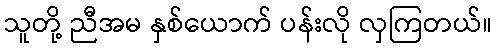
သူတို့ ညီအမ နှစ်ယောက် ပန်းလို လှကြတယ်။